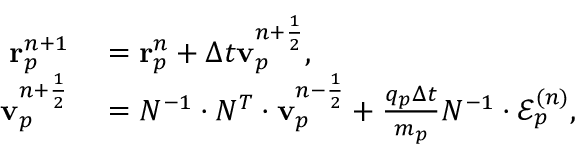
\begin{array} { r l } { \mathbf { r } _ { p } ^ { n + 1 } } & { { } = \mathbf { r } _ { p } ^ { n } + \Delta t \mathbf { v } _ { p } ^ { n + \frac { 1 } { 2 } } , } \\ { \mathbf { v } _ { p } ^ { n + \frac { 1 } { 2 } } } & { { } = N ^ { - 1 } \cdot N ^ { T } \cdot \mathbf { v } _ { p } ^ { n - \frac { 1 } { 2 } } + \frac { q _ { p } \Delta t } { m _ { p } } N ^ { - 1 } \cdot \mathcal { E } _ { p } ^ { ( n ) } , } \end{array}